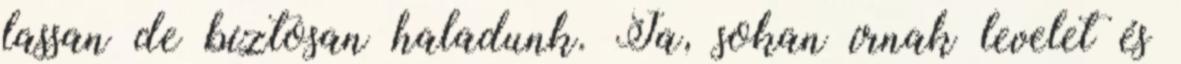
lassan de bíztosan haladunk. Ja, sokan írnak levelet és